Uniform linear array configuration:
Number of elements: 8
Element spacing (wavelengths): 0.75
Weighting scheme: cosine
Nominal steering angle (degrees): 45
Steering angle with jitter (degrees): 45.746
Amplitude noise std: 0.05
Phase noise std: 0.05

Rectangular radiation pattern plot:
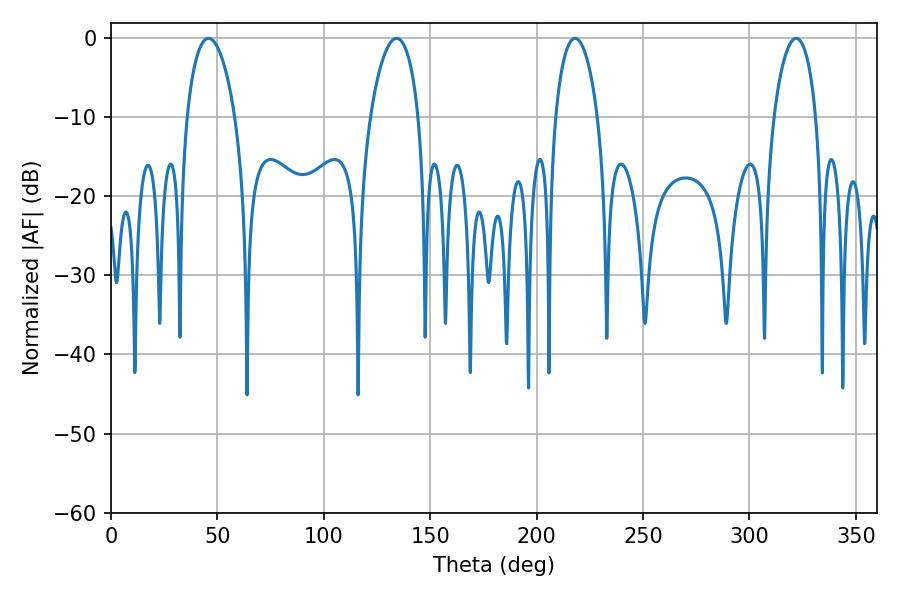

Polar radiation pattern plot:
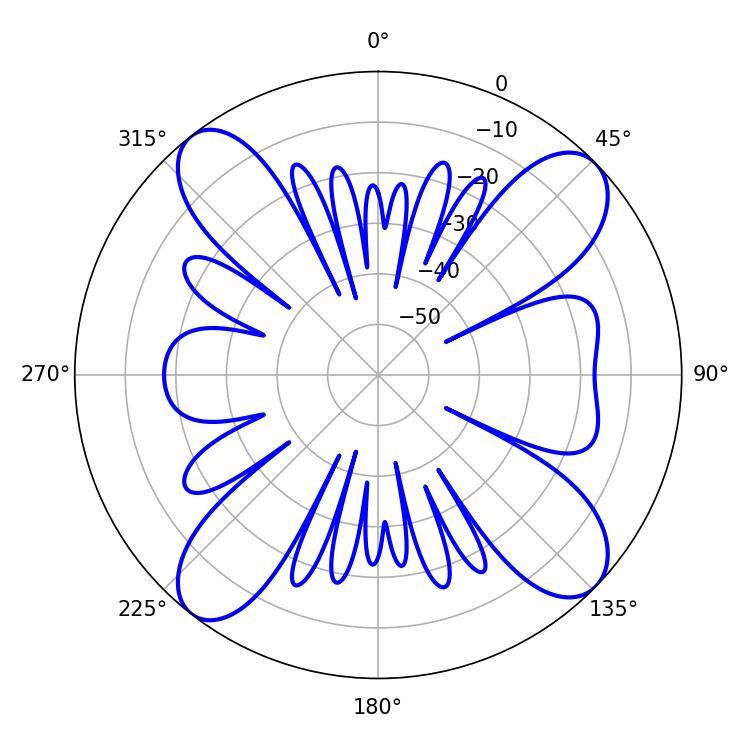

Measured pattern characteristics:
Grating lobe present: TRUE
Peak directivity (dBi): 13.479
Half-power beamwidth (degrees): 11.34
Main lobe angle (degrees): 217.98